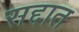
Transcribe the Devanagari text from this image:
सद्दात